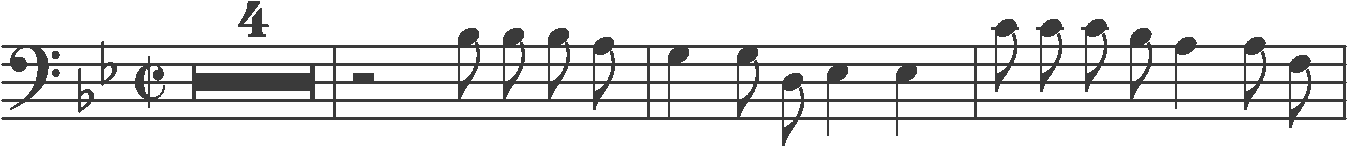
Transcription: clef-F4 keySignature-BbM timeSignature-C/ multirest-4 barline rest-half note-Bb3_eighth note-Bb3_eighth note-Bb3_eighth note-A3_eighth barline note-G3_quarter note-G3_eighth note-D3_eighth note-Eb3_quarter note-Eb3_quarter barline note-C4_eighth note-C4_eighth note-C4_eighth note-Bb3_eighth note-A3_quarter note-A3_eighth note-F3_eighth barline